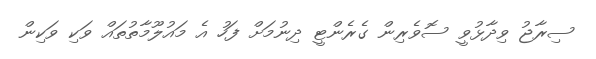
ސިރާޖު ވިދާޅުވީ ސޮވެރިން ގެރެންޓީ ދިނުމަށް ފަހު އެ މައުލޫމާތުތައް ވަކި ވަކިން